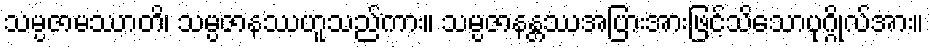
သမ္ပဇာမဿာတိ၊ သမ္ပဇာနဿဟူသည်ကား။ သမ္ပဇာနန္တဿအပြားအားဖြင့်သိသောပုဂ္ဂိုလ်အား။